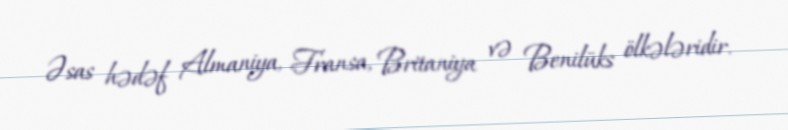
Əsas hədəf Almaniya, Fransa, Britaniya və Benilüks ölkələridir.